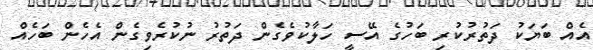
އެއް ބަޔަކު ދަތުރުކުރި ބަހުގެ އޭސީ ހަލާކުވެގެން ދަތުރު ނުކުރެވިގެން އެހެން ބަހެއް